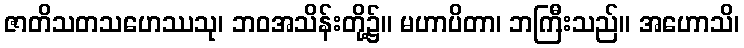
ဇာတိသတသဟေဿသု၊ ဘဝအသိန်းတို့၌။ မဟာပိတာ၊ ဘကြီးသည်။ အဟောသိ၊